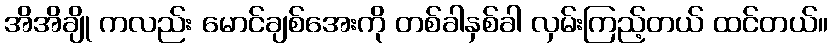
အိအိချို ကလည်း မောင်ချစ်အေးကို တစ်ခါနှစ်ခါ လှမ်းကြည့်တယ် ထင်တယ်။